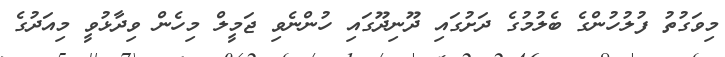
މިވަގުތު ފުލުހުންގެ ބެލުމުގެ ދަށުގައި ދޫނިދޫގައި ހުންނެވި ޖަމީލް މިހެން ވިދާޅުވީ މިއަދުގެ